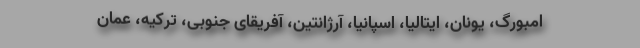
امبورگ، یونان، ایتالیا، اسپانیا، آرژانتین، آفریقای جنوبی، ترکیه، عمان